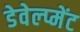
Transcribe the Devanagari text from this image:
डेवेल्प्मेंट